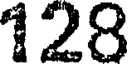
128